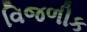
વિજળીક